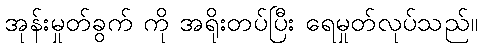
အုန်းမှုတ်ခွက် ကို အရိုးတပ်ပြီး ရေမှုတ်လုပ်သည်။